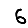
Digit: 6